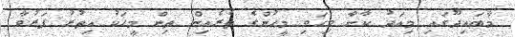
މާބައިދޫގައި މިއަދު ކާނާ ވިހަވި މީހުންގެ ތެރެއިން ތިން މީހަކު އިތުރު ފަރުވާ